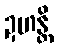
ဍဟန္တိ